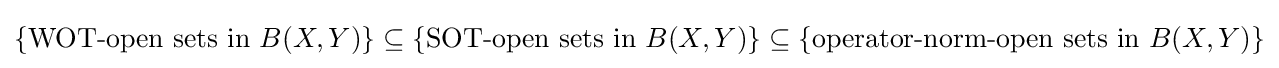
\{{\text{WOT-open sets in }}B(X,Y)\}\subseteq \{{\text{SOT-open sets in }}B(X,Y)\}\subseteq \{{\text{operator-norm-open sets in }}B(X,Y)\}